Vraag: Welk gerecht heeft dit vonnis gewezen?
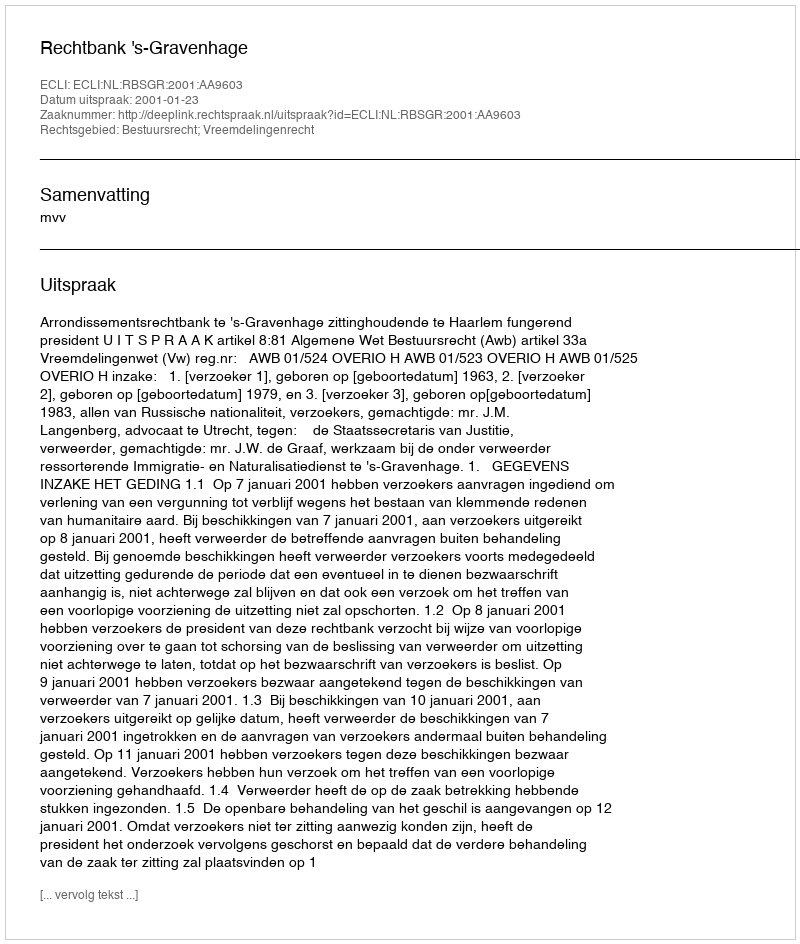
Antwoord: Rechtbank 's-Gravenhage